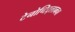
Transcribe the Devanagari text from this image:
टेनोच्टिट्लानचा